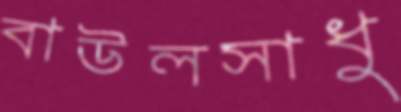
বাউলসাধু